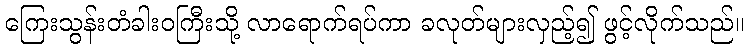
ကြေးသွန်းတံခါးဝကြီးသို့ လာရောက်ရပ်ကာ ခလုတ်များလှည့်၍ ဖွင့်လိုက်သည်။